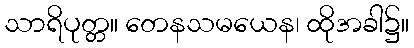
သာရိပုတ္တ။ တေနသမယေန၊ ထိုအခါ၌။